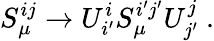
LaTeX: S_{\mu}^{ij}\rightarrow U_{i^{\prime}}^{i}S_{\mu}^{i^{\prime}j^{\prime}}U_{j^{\prime}}^{j}~.